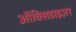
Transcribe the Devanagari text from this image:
ऑक्सिडाइज़र